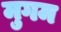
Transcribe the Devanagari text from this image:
मुगम